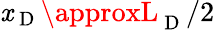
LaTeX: \mathit{x}_{\mathrm{{~D~}}}\approxL_{\mathrm{{~D~}}}/2